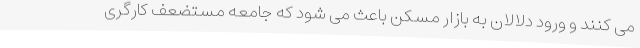
می کنند و ورود دلالان به بازار مسکن باعث می شود که جامعه مستضعف کارگری